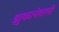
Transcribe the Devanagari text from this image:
झुकानेवाली